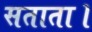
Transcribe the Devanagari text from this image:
सताता।